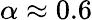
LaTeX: \alpha\approx 0.6